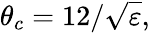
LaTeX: \theta_{c}=12/\sqrt{\varepsilon},